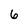
Character: 6